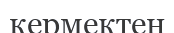
кермектен